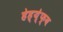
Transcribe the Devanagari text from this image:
हेह्य्॑फ्व